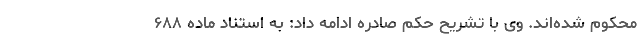
محکوم شده‌اند. وی با تشریح حکم صادره ادامه داد: به استناد ماده ۶۸۸